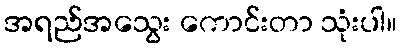
အရည်အသွေး ကောင်းတာ သုံးပါ။